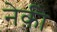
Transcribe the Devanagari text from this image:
नेक़ी